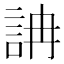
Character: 𧦦